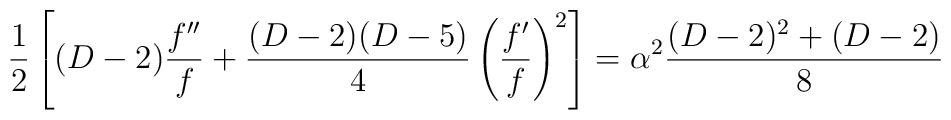
\frac{1}{2}\left[(D-2)\frac{f''}{f} + \frac{(D-2)(D-5)}{4}\left(\frac{f'}{f}\right)^2\right]= \alpha^2 \frac{(D-2)^2+(D-2)}{8}